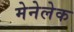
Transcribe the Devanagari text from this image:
मेनेलेक